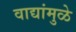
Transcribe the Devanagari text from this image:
वाद्यांमुळे